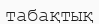
табақтық